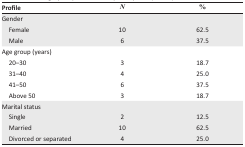
<table><thead><tr><td><b>Profile</b></td><td><b><i>N</i></b></td><td><b>%</b></td></tr></thead><tbody><tr><td colspan="3">Gender</td></tr><tr><td> Female</td><td>10</td><td>62.5</td></tr><tr><td> Male</td><td>6</td><td>37.5</td></tr><tr><td colspan="3">Age group (years)</td></tr><tr><td> 20–30</td><td>3</td><td>18.7</td></tr><tr><td> 31–40</td><td>4</td><td>25.0</td></tr><tr><td> 41–50</td><td>6</td><td>37.5</td></tr><tr><td> Above 50</td><td>3</td><td>18.7</td></tr><tr><td colspan="3">Marital status</td></tr><tr><td> Single</td><td>2</td><td>12.5</td></tr><tr><td> Married</td><td>10</td><td>62.5</td></tr><tr><td> Divorced or separated</td><td>4</td><td>25.0</td></tr></tbody></table>